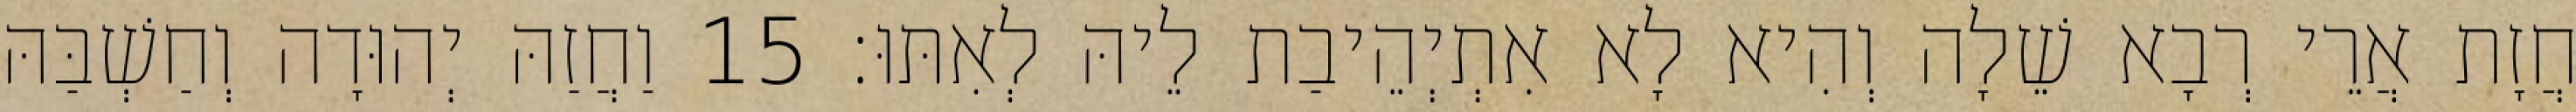
חֲזָת אֲרֵי רְבָא שֵׁלָה וְהִיא לָא אִתְיְהֵיבַת לֵיהּ לְאִתּוּ׃ 15 וַחֲזַהּ יְהוּדָה וְחַשְׁבַּהּ